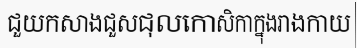
ជួយកសាងជួសជុលកោសិកាក្នុងរាងកាយ